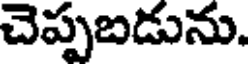
చెప్పబడును.